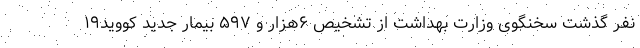
نفر گذشت سخنگوی وزارت بهداشت از تشخیص ۶هزار و ۵۹۷ بیمار جدید کووید۱۹